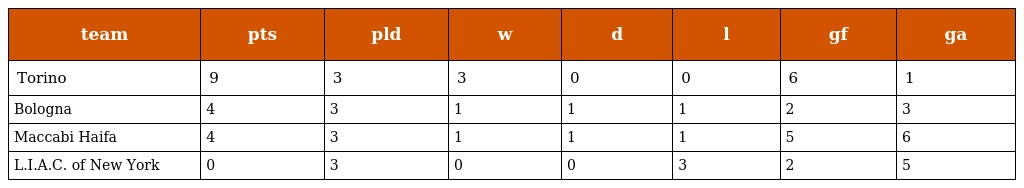
| team | pts | pld | w | d | l | gf | ga |
 | --- | --- | --- | --- | --- | --- | --- | --- |
 | Torino | 9 | 3 | 3 | 0 | 0 | 6 | 1 |
 | Bologna | 4 | 3 | 1 | 1 | 1 | 2 | 3 |
 | Maccabi Haifa | 4 | 3 | 1 | 1 | 1 | 5 | 6 |
 | L.I.A.C. of New York | 0 | 3 | 0 | 0 | 3 | 2 | 5 |